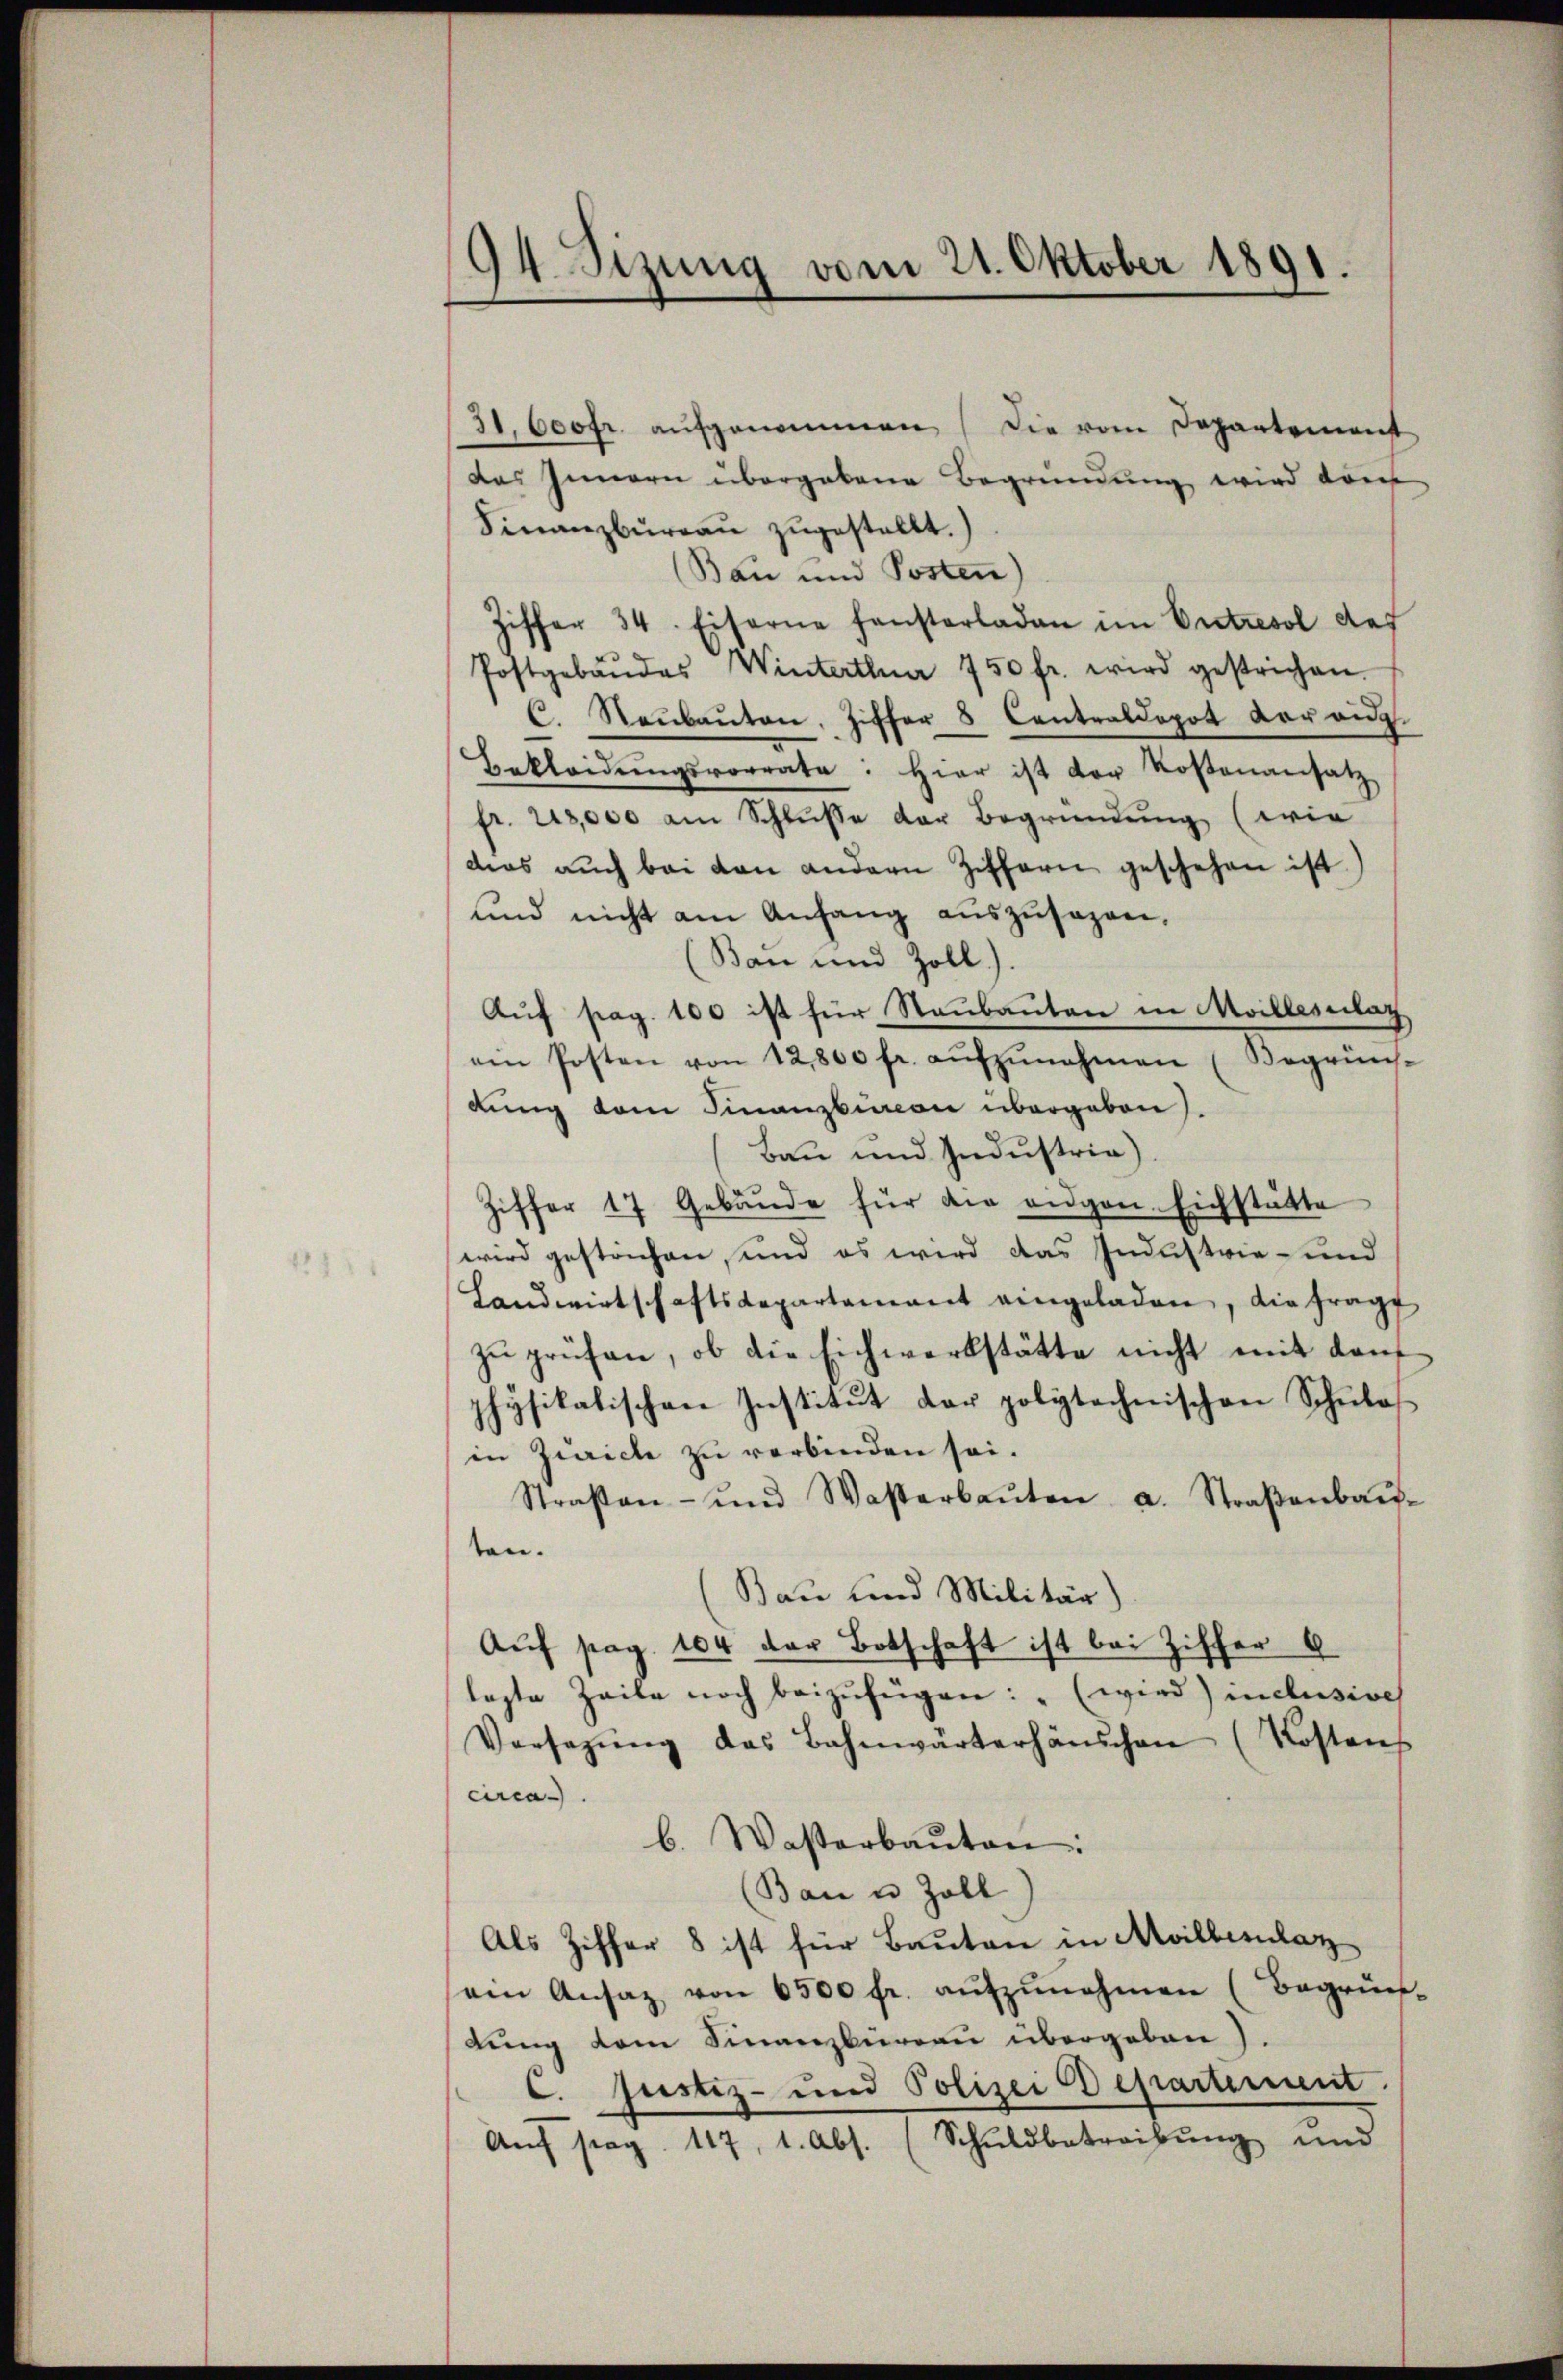
94. Sizung vom 21. Oktober 1891.

31. 600fr. aŭfgenommen (die vom Departemenst
das Innern übergebene Begründung wird kom
Finanzburgau zugestellt.
Bau und Posten
Ziffer 34. Eiserne fensterladen im Entresol def
Postgebäŭdes Winterthue 750 fr. wird gestrichen.
C. Raŭbaŭten. Ziffer 8 Centraldopot verang.
Bekleidŭngsvorrate. Hier ist der Rosenansatz
fr. 218,000 am Schlŭsse der Begründŭng, (wie
dies aŭch bei den andern Ziffern geschehen ist)
und nicht am Anfang auszusagen,
(Ban und Zoll)
Auf pag. 100 ist für Raubauten in Moillescitat
ein Posten von 12800 fr. aŭfzŭnehmen (Begrün-
dung vom Finanzbüren übergeben).
Bau und Industria)
Ziffer 17 Gebäude für die eidgen. Eichstätte
wird gestorfen, und es wird das Industrie- und
Landwirtschaftsdepartament eingeladen, die frage
zu prüfen, ob die Eichwerkstätte nicht mit dan
physikalischen Institut der polytechnischen Schulos
in Zwicke zu verbinden sei.
Straßen- und Wasserbaŭten a. Straβenbaŭ-
ten.
Bau und Militär)
Auf pag. 104 der Botschaft ist bei Ziffer 9
legte Zeile noch beizŭfügen: "(wird) inclusive
Versetzŭng des Bahnwärterhäuschen (Kostens
circa
b. Wasterbaŭten:
(Bau u. Zoll
Als Ziffer 8 ist für Bauten in Millenlaz
sein Ansaz von 6500 fr. aŭfzŭnehmen (Begrün-
lung dem Finanzbüreau übergeben)
C. Justiz- und Polizei Departement.
Aŭf pag. 117, 1. Abs. (Schŭldbetreibŭng und